画像に写った文字を読んでください
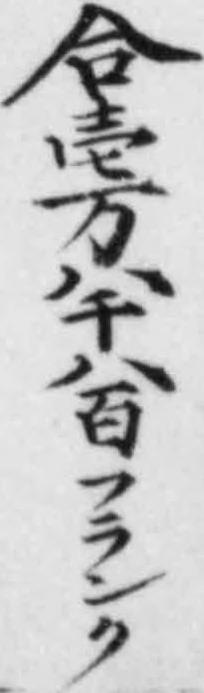
「合壱万八千八百フランク」と書いてあります